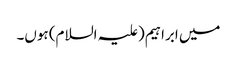
میں ابراہیم(علیہ السلام) ہوں۔